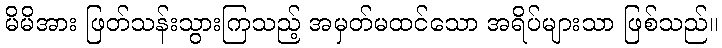
မိမိအား ဖြတ်သန်းသွားကြသည့် အမှတ်မထင်သော အရိပ်များသာ ဖြစ်သည်။